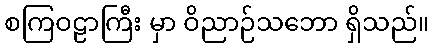
စကြဝဠာကြီး မှာ ဝိညာဉ်သဘော ရှိသည်။